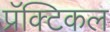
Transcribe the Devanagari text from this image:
प्रॅक्टिकल